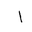
Letter: _alif